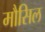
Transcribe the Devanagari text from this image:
मौसिल